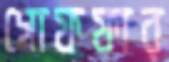
গোফফার